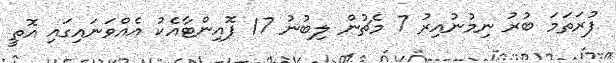
ފުރަތަމަ ބުރު ނިމުނުއިރު 7 މެޗުން ލިބުނު 17 ޕޮއިންޓާއެކު އެއްވަނައިގައި އޮތީ